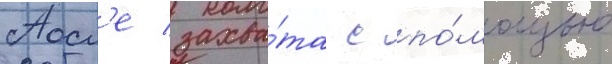
Посл'е захва́та с по́мощью